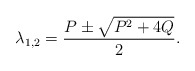
\begin{align*}\lambda_{1,2}=\frac{P\pm\sqrt{P^2+4Q}}{2}.\end{align*}